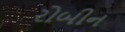
રોબીન